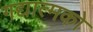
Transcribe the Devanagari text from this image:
गद्यात्‍मको